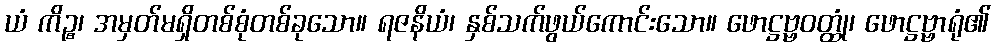
ယံ ကိဉ္စ၊ အမှတ်မရှိတစ်စုံတစ်ခုသော။ ရဇနိယံ၊ နှစ်သက်ဖွယ်ကောင်းသော။ ဖောဋ္ဌဗ္ဗဝတ္ထုံ၊ ဖောဋ္ဌဗ္ဗာရုံ၏